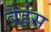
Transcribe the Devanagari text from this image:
बेर्हस